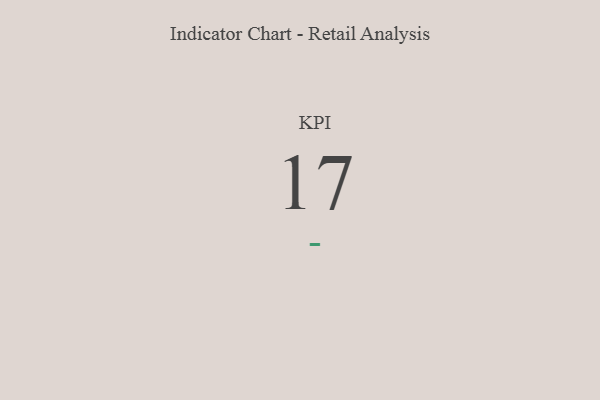
{"axis": {"x": "KPI", "y": "Value"}, "legend": [""], "data": [{"x": "KPI", "y": 17, "type": ""}]}